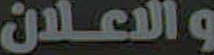
والاعلان